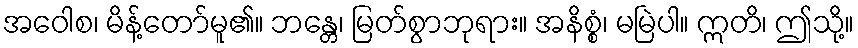
အဝေါစ၊ မိန့်တော်မူ၏။ ဘန္တေ၊ မြတ်စွာဘုရား။ အနိစ္စံ၊ မမြဲပါ။ ဣတိ၊ ဤသို့။